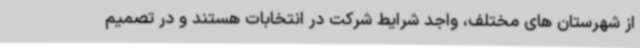
از شهرستان های مختلف، واجد شرایط شرکت در انتخابات هستند و در تصمیم